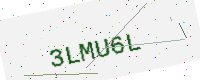
Text: 3LMU6L